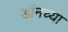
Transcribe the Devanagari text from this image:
डॉनच्या